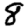
Digit: 8